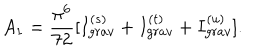
A _ { 1 } = \frac { \pi ^ { 6 } } { 7 2 } [ I _ { g r a v } ^ { ( s ) } + I _ { g r a v } ^ { ( t ) } + I _ { g r a v } ^ { ( u ) } ] .